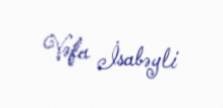
Vəfa İsabəyli